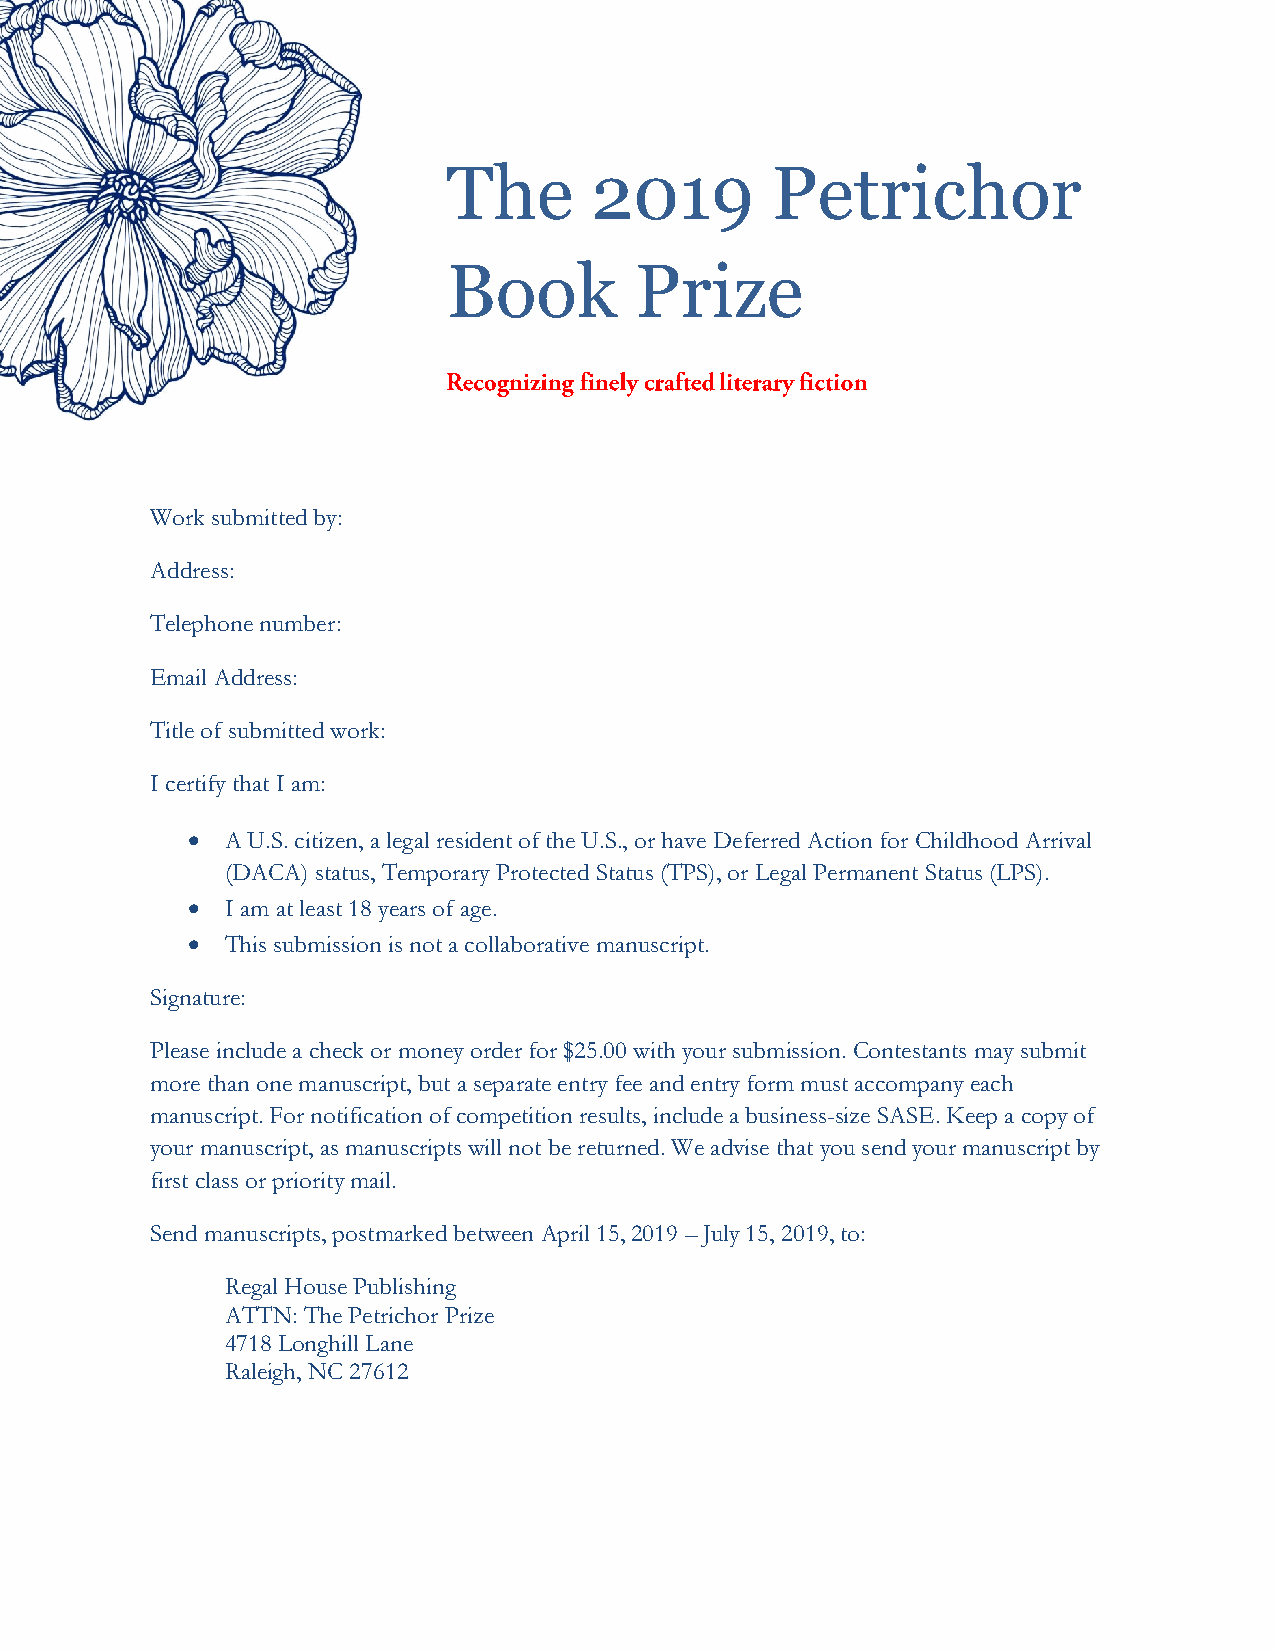
The      2019        Petrichor
 Book        Prize
 Work submitted by:
 Address:
 Telephone number:
 Email Address:
 Title of submitted work:
 I certify that I am:
   A U.S. citizen, a legal resident of the U.S., or have Deferred Action for Childhood Arrival
 (DACA) status, Temporary Protected Status (TPS), or Legal Permanent Status (LPS).
   I am at least 18 years of age.
   This submission is not a collaborative manuscript.
 Signature:
 Please include a check or money order for $25.00 with your submission. Contestants may submit
 more than one manuscript, but a separate entry fee and entry form must accompany each
 manuscript. For notification of competition results, include a business-size SASE. Keep a copy of
 your manuscript, as manuscripts will not be returned. We advise that you send your manuscript by
 first class or priority mail.
 Send manuscripts, postmarked between April 15, 2019 – July 15, 2019, to:
 Regal House Publishing
 ATTN: The Petrichor Prize
 4718 Longhill Lane
 Raleigh, NC 27612